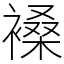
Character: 褬